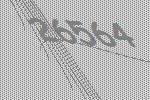
26564